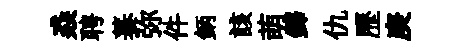
猋聘蓁弥件鈵該萌鐸仇歷庚